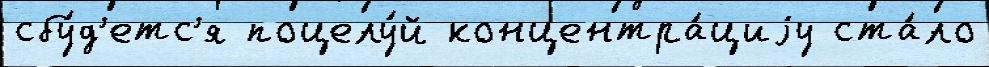
сбу́д'етс'я поцелу́й концентра́циjу ста́ло